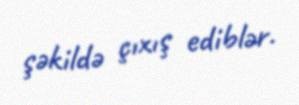
şəkildə çıxış ediblər.